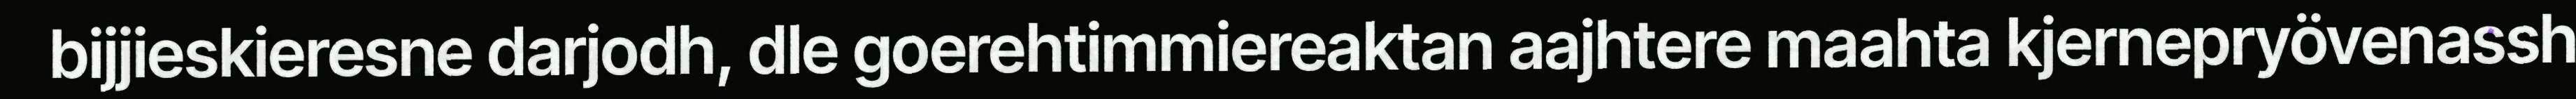
bijjieskieresne darjodh, dle goerehtimmiereaktan aajhtere maahta kjernepryövenassh